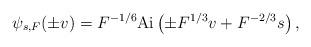
LaTeX: \begin{align*}\psi_{s,F}(\pm v)=F^{-1/6}{\rm Ai}\left(\pm F^{1/3}v+F^{-2/3}s\right), \end{align*}